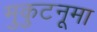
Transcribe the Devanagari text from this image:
मुकुटनूमा